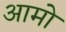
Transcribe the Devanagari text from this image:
आमो